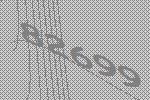
82699